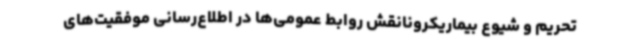
تحریم و شیوع بیماریکرونانقش روابط عمومی‌ها در اطلاع‌رسانی موفقیت‌های